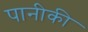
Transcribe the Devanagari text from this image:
पानीकी